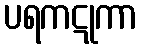
ပရကဋုကာ